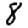
Digit: 8